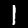
Digit: 1